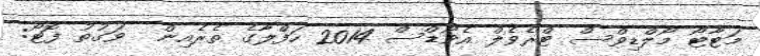
މަޓާޓޯ މޯލްޑިވްސް ޓްރެވެލް އެވޯޑްސް 2014 ހަފްލާގެ ތެރެއިން  ވަގުތު ފޮޓޯ: